Civil Veterinary Dept. Bombay admin report 1923-31 - 1923-1931
Year: 1923
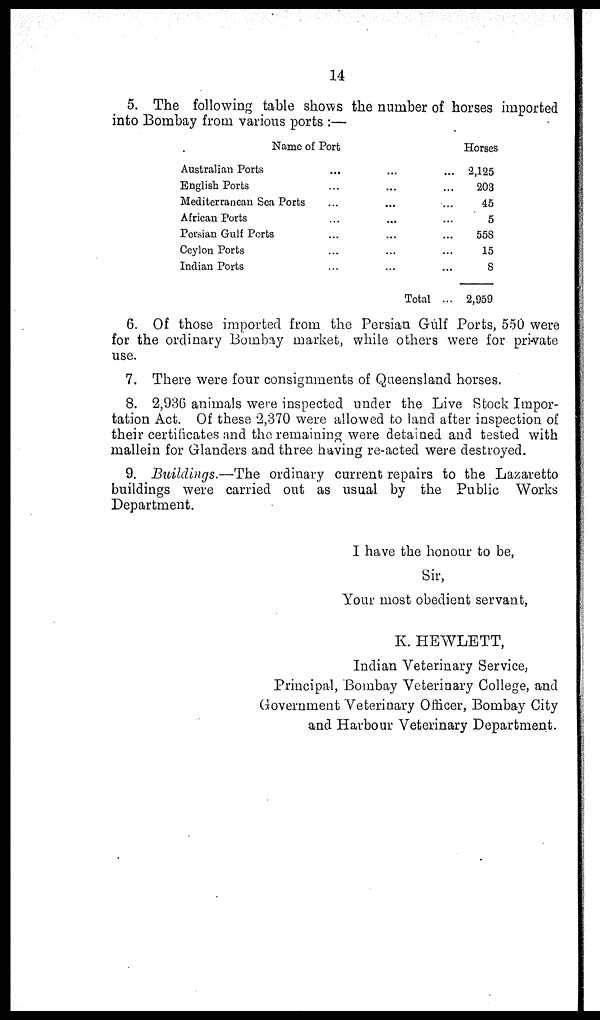
14
5. The following table shows the number of horses imported
into Bombay from various ports:—
Name of Port
Australian Ports ... ... ...
English Ports ... ... ...
Mediterranean Sea Ports ... ... ...
African Ports ... ... ...
Porsian Gulf Ports ... ... ...
Ceylon Ports ... ... ...
Indian Ports ... ... ...
Horses
2,125
203
45
5
558
15
8
2,959
6. Of those imported from the Persian Gulf Ports, 550 were
for the ordinary Bombay market, while others were for private
use.
7. There were four consignments of Queensland horses.
8. 2,936 animals were inspected under the Live Stock Impor-
tation Act. Of these 2,370 were allowed to land after inspection of
their certificates and the remaining were detained and tested with
mallein for Glanders and three having re-acted were destroyed.
9. Buildings.—The ordinary current repairs to the Lazaretto
buildings were carried out as usual by the Public Works
Department.
I have the honour to be,
Sir,
Your most obedient servant,
K. HEWLETT,
Indian Veterinary Service,
Principal, Bombay Veterinary College, and
Government Veterinary Officer, Bombay City
and Harbour Veterinary Department.